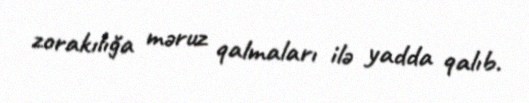
zorakılığa məruz qalmaları ilə yadda qalıb.